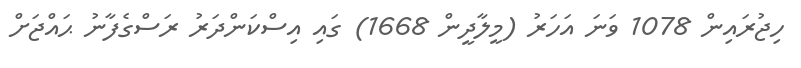
ހިޖުރައިން 1078 ވަނަ އަހަރު (މީލާދީން 1668) ގައި އިސްކަންދަރު ރަސްގެފާނު ޙައްޖަށް